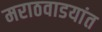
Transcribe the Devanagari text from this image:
मराठवाडयांत